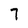
Character: 7